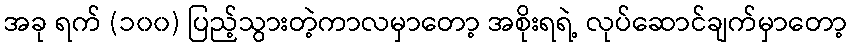
အခု ရက် (၁၀၀) ပြည့်သွားတဲ့ကာလမှာတော့ အစိုးရရဲ့ လုပ်ဆောင်ချက်မှာတော့